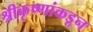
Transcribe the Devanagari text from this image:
श्रीकृष्णांकडून